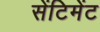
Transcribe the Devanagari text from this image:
सेंटिमेंट